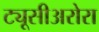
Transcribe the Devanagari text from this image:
ट्यूसीअरोरा